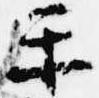
楽